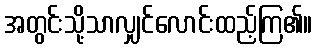
အတွင်းသို့သာလျှင်လောင်းထည့်ကြ၏။